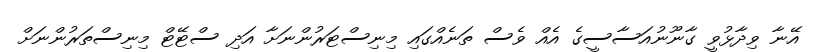
އޭނާ ވިދާޅުވީ ގާނޫނުއަސާސީގެ އެއް ވެސް ތަނެއްގައި މިނިސްޓަރުންނަށާ އަދި ސްޓޭޓް މިނިސްތަރުންނަށް